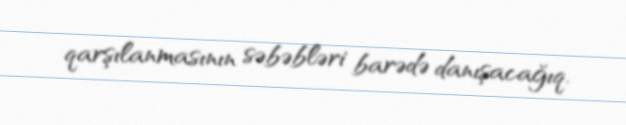
qarşılanmasının səbəbləri barədə danışacağıq.